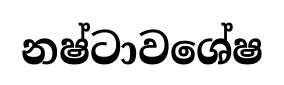
නෂ්ටාවශේෂ